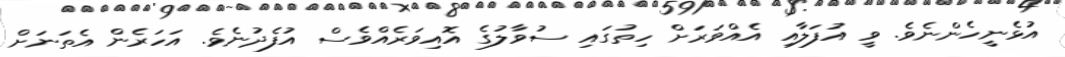
އުޅެނީހެންނެވެ. ވީ އުފަލާއި އެއްވަރަށް ހިތުގައި ސުވާލުގެ އޮއިވަރެއްވެސް އުފެދުނެވެ. އަހަރެން އެތަނަށް